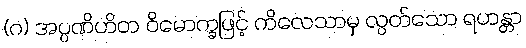
(ဂ) အပ္ပဏိဟိတ ဝိမောက္ခဖြင့် ကိလေသာမှ လွတ်သော ရဟန္တာ